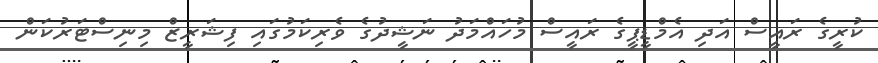
ކުރީގެ ރައީސް އަދި އެމްޑީޕީގެ ރައީސް މުހައްމަދު ނަޝީދުގެ ވެރިކަމުގައި ފިޝަރީޒް މިނިސްޓަރުކަން